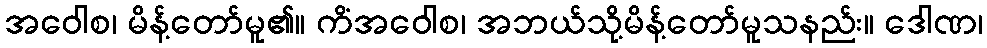
အဝေါစ၊ မိန့်တော်မူ၏။ ကိံအဝေါစ၊ အဘယ်သို့မိန့်တော်မူသနည်း။ ဒေါဏ၊